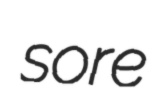
sore